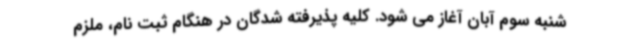
شنبه سوم آبان آغاز می شود. کلیه پذیرفته شدگان در هنگام ثبت نام، ملزم